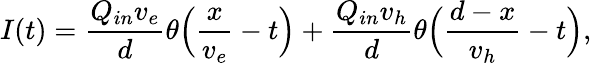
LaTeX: I(t)=\frac{Q_{in}v_{e}}{d}\theta\Big(\frac{x}{v_{e}}-t\Big)+\frac{Q_{in}v_{h}}{d}\theta\Big(\frac{d-x}{v_{h}}-t\Big),